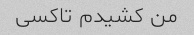
من کشیدم تاکسی